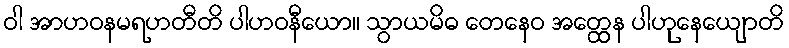
ဝါ အာဟဝနမရဟတီတိ ပါဟဝနီယော။ သွာယမိဓ တေနေဝ အတ္ထေန ပါဟုနေယျောတိ